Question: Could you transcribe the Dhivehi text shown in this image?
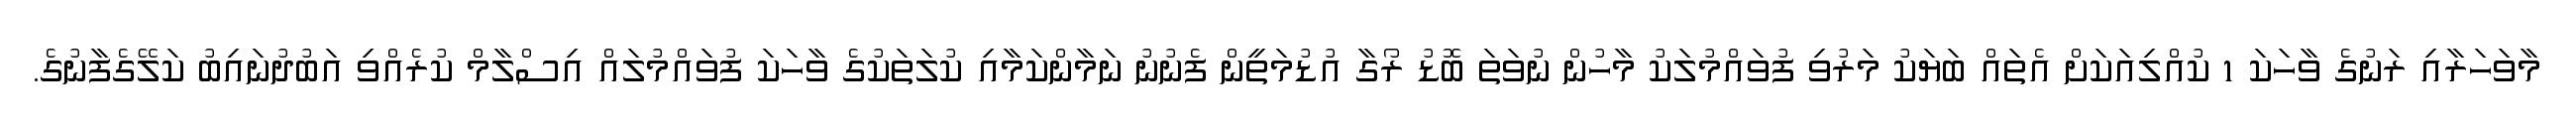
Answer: މާވަހަރާއި ރަނުގެ ވާހަކަ 1 ކުއްލިއަކަށް އެތައް ބަޔަކު މަރުވި ފުވައްމުލަކު މާހުން ނުވަތަ ބޮޑު ރޯގާ އުޑުމަތީން ފެނުނު ނަމާންކަމާއި ކުލަތަކުގެ ވާހަކަ ފުވައްމުލައް އިސްލާމް ކުރެއްވި އަބުދުނައިބު ކަލޭގެފާނުގެ.